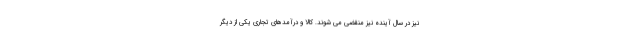
نیز در سال آینده نیز منقضی می شوند. کالا و درآمدهای تجاری یکی از دیگر